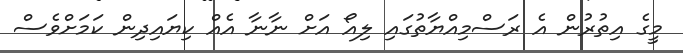
މީގެ އިތުރުން އެ ރަސްމިއްޔާތުގައި ލިއޯ އަށް ނާނާ އެއް ކިޔައިދިން ކަމަށްވެސް